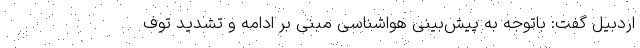
اردبیل گفت: باتوجه به پیش‌بینی هواشناسی مبنی بر ادامه و تشدید توف